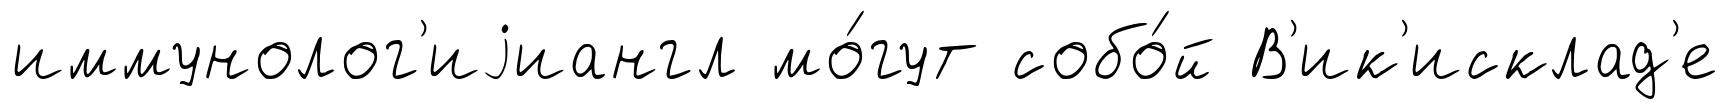
иммунолог'иjиангл мо́гут собо́й В'ик'исклад'е